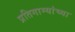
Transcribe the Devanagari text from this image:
प्रतिगाम्यांच्या